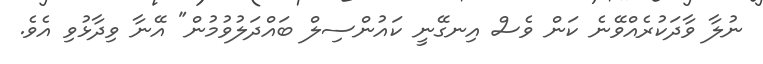
ނުލާ ވާދަކުރެއްވޭނެ ކަން ވެސް އިނގޭނީ ކައުންސިލް ބައްދަލުވުމުން" އޭނާ ވިދާޅުވި އެވެ.